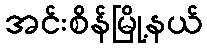
အင်းစိန်မြို့နယ်